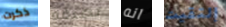
ذكرت تصرفه انه إلتقيت